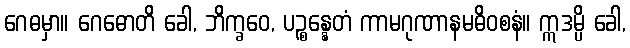
ဂေဓမှာ။ ဂေဓောတိ ခေါ, ဘိက္ခဝေ, ပဉ္စန္နေတံ ကာမဂုဏာနမဓိဝစနံ။ ဣဒမ္ပိ ခေါ,